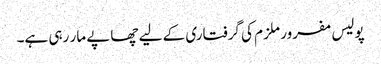
پولیس مفرور ملزم کی گرفتاری کے لیے چھاپے مار رہی ہے۔